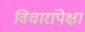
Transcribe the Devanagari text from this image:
विचारांपेक्षा